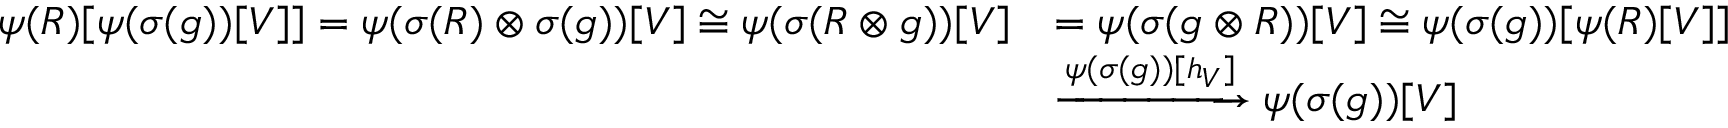
\begin{array} { r l } { \psi ( R ) [ \psi ( \sigma ( g ) ) [ V ] ] = \psi ( \sigma ( R ) \otimes \sigma ( g ) ) [ V ] \cong \psi ( \sigma ( R \otimes g ) ) [ V ] } & { = \psi ( \sigma ( g \otimes R ) ) [ V ] \cong \psi ( \sigma ( g ) ) [ \psi ( R ) [ V ] ] } \\ & { \xrightarrow { \psi ( \sigma ( g ) ) [ h _ { V } ] } \psi ( \sigma ( g ) ) [ V ] } \end{array}